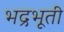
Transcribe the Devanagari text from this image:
भद्रभूती